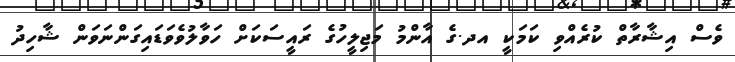
ވެސް އިޝާރާތް ކުރެއްވި ކަމަކީ އދ.ގެ އާންމު މަޖިލީހުގެ ރައީސަކަށް ހަވާލުވެވަޑައިގަންނަވަން ޝާހިދު